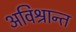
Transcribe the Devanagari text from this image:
अविश्रान्त